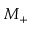
M _ { + }